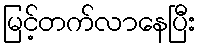
မြင့်တက်လာနေပြီး